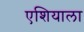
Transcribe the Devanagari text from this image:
एशियाला